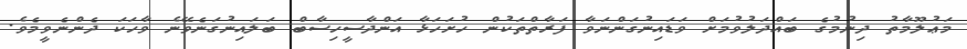
މަޢުލޫމާތު ދިނުމުގެ ބައްދަލުވުމަށް ވަޑައިނުގަންނަވާ ފަރާތްތަކުން ހުށަހަޅާ އަންދާސީހިސާބް ބަލައިނުގަނެވޭނެ ވާހަކަ ދެންނެވީމެވެ.